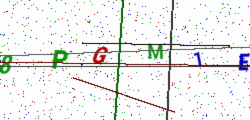
Text: 8PGM1E